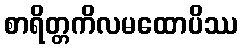
စာရိတ္တကိလမထောပိဿ